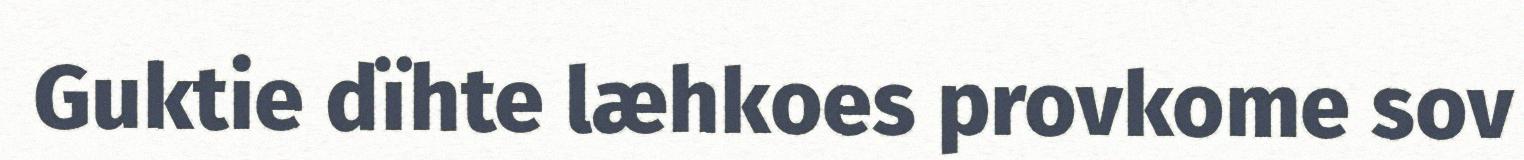
Guktie dïhte læhkoes provkome sov